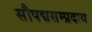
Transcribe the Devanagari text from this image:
सौपद्मसम्प्रदाय